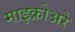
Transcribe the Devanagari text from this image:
माइक्रोअरे